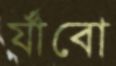
র্যাঁবো